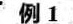
例 1